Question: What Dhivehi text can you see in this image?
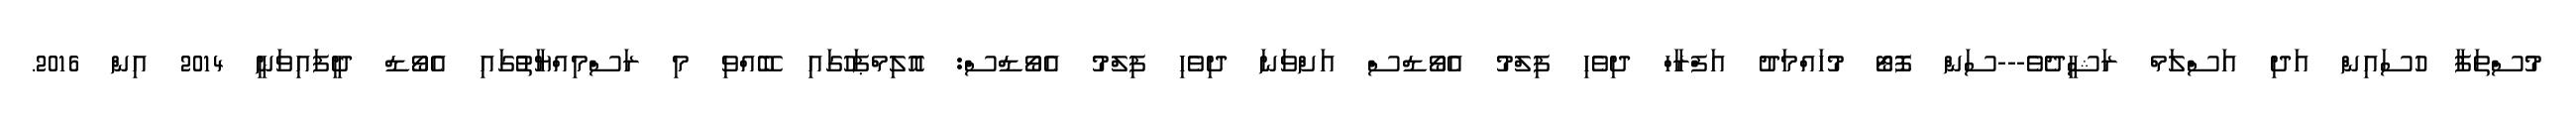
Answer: މުސްތަފާ ހުސައިން އަދި އަސްލަމް ރަޝީދެވެ---ސަން ފޮޓޯ މުހައްމަދު އަފްރާހް ދިވެހި ފިލްމު އެވޯޑްސް އަށްވަނަ ދިވެހި ފިލްމު އެވޯޑްސް: އޮލިމްޕަހުގައި ބޭއްވި މި ރަސްމިއްޔާތުުގައި އެވޯޑް ދީފައިވަނީ 2014 އިން 2016.